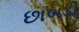
છાબડી